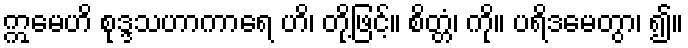
ဣမေဟိ စုဒ္ဒသဟာကာရေ ဟိ၊ တို့ဖြင့်။ စိတ္တံ၊ ကို။ ပရိဒမေတွာ၊ ၍။